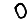
Digit: 0